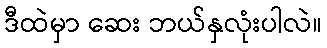
ဒီထဲမှာ ဆေး ဘယ်နှလုံးပါလဲ။